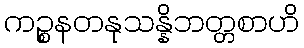
ကဉ္စနတနုသန္နိဘတ္တစာဟိ